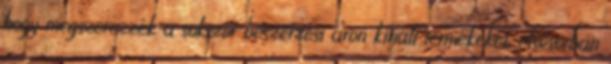
hogy megszerezzék a sokszor beszerzési áron kínált termékeket, elsősorban